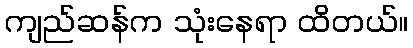
ကျည်ဆန်က သုံးနေရာ ထိတယ်။